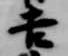
吉